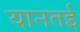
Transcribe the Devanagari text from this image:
यानतई